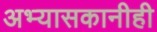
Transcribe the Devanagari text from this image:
अभ्यासकानीही